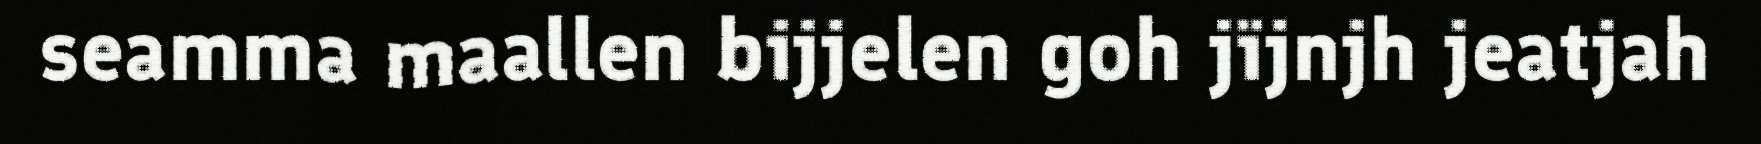
seamma maallen bijjelen goh jïjnjh jeatjah